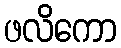
ဖလိကော